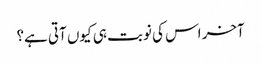
آخر اس کی نوبت ہی کیوں آتی ہے؟